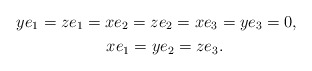
\begin{gather*}ye_1=ze_1=xe_2=ze_2=xe_3=ye_3=0, \quad\\ xe_1=ye_2=ze_3.\end{gather*}